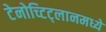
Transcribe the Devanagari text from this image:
टेनोच्टिट्लानमध्ये